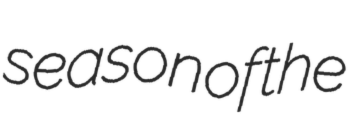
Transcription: season of the